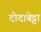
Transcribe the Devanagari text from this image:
दोदाबेट्टा